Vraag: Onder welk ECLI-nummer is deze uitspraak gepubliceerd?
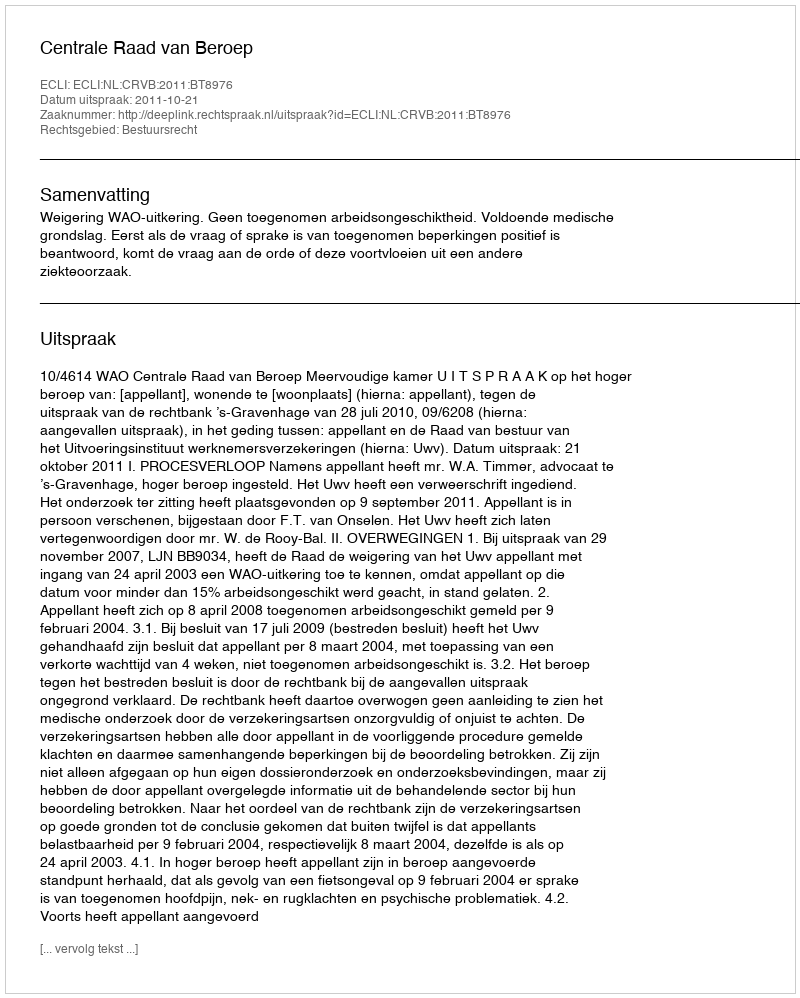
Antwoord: ECLI:NL:CRVB:2011:BT8976